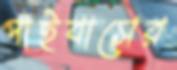
পাইবাসের